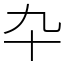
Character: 卆